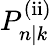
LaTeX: P_{n|k}^{\mathrm{(ii)}}